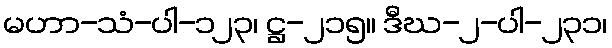
မဟာ-သံ-ပါ-၁၂၃၊ ဋ္ဌ-၂၁၅။ ဒီဃ-၂-ပါ-၂၃၁၊